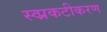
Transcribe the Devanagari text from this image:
स्व्प्रकटीकरण